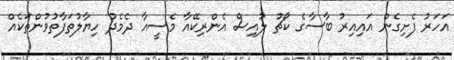
އަހަރު ފެށިގެން އައިއިރު ބާސާގެ ކޯޗު ލުއިސް އެންރިކޭއާ މެސީއާ ދެމެދު ހިޔާލުތަފާތުވުންތަކެއް